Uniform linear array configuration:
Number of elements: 24
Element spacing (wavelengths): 0.75
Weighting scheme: uniform
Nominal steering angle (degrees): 15
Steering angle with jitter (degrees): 14.467
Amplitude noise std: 0.05
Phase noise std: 0.05

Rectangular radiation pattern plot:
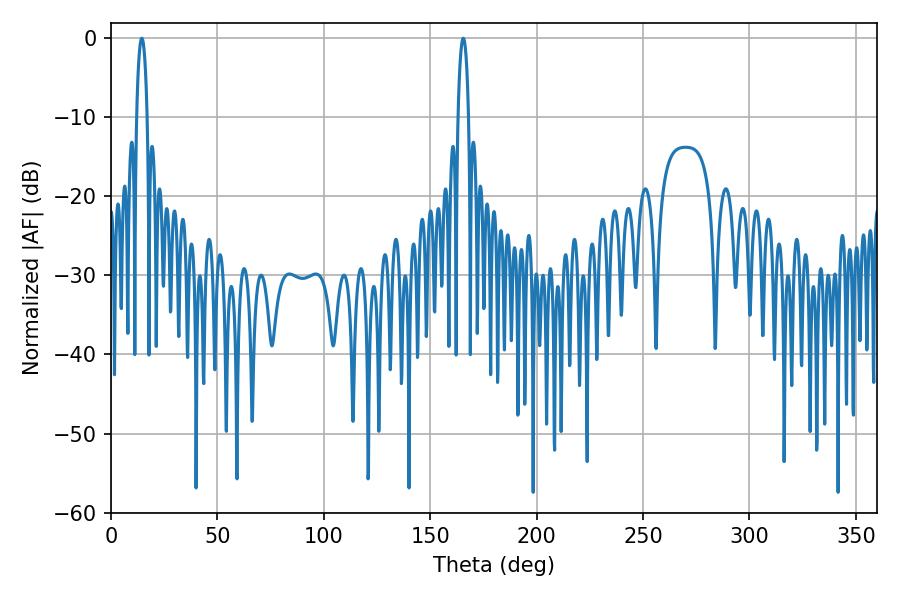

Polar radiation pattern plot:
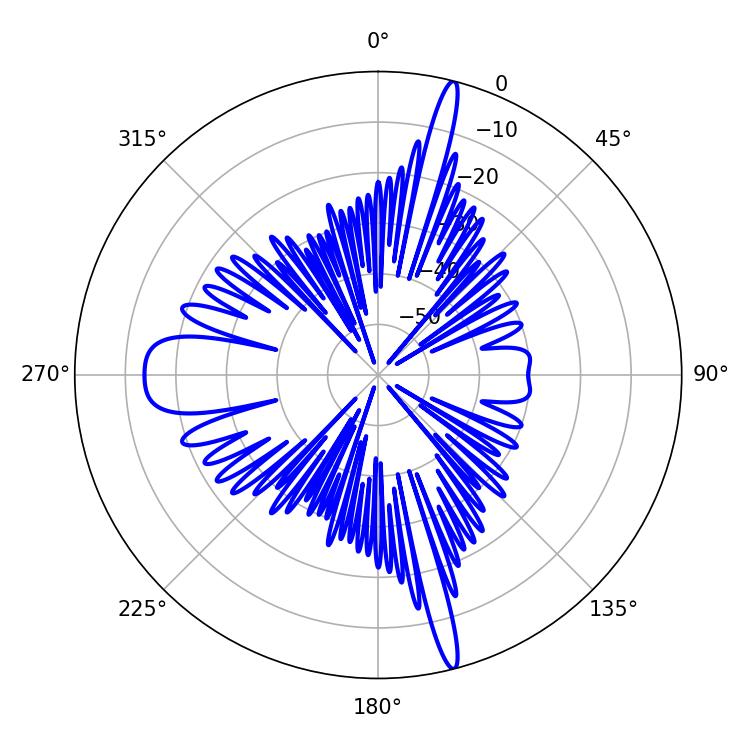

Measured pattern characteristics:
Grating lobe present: TRUE
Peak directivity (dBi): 21.942
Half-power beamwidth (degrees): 2.7
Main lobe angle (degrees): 165.6